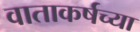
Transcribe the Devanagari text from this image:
वाताकर्षच्या